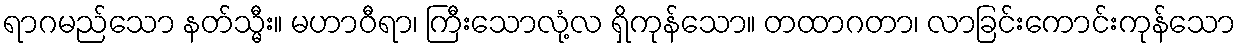
ရာဂမည်သော နတ်သ္မီး။ မဟာဝီရာ၊ ကြီးသောလုံ့လ ရှိကုန်သော။ တထာဂတာ၊ လာခြင်းကောင်းကုန်သော